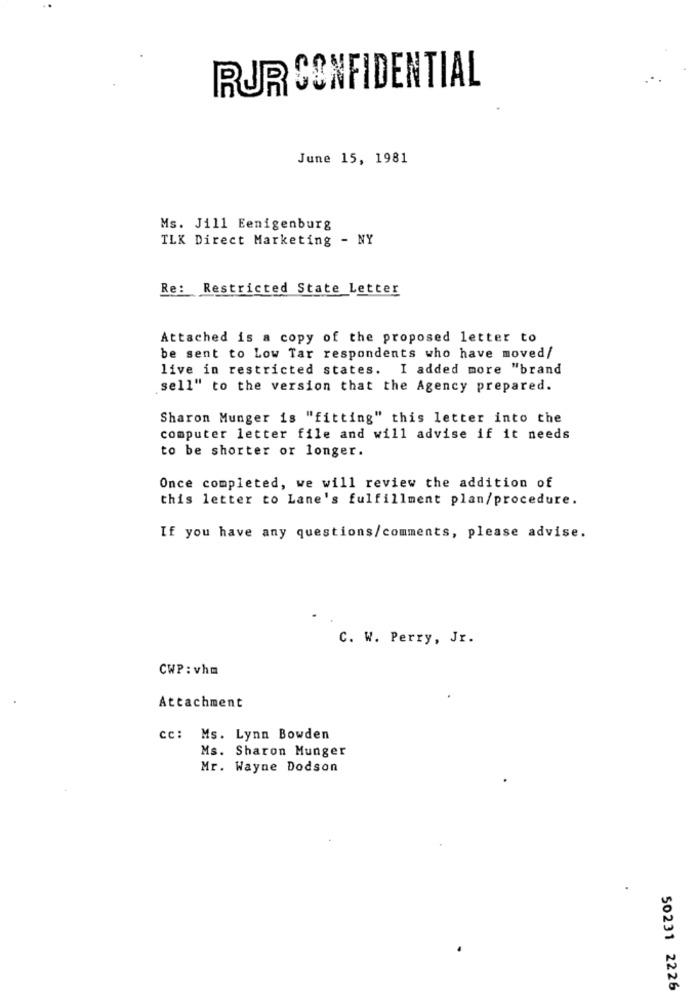
RUR CONFIDENTIAL
June 15, 1981
Ms. Jill Eenigenburg
TLK Direct Marketing - NY
Re: Restricted State Letter
Attached is a copy of the proposed letter to
be sent to Low Tar respondents who have moved/
live in restricted states. I added more "brand
sell" to the version that the Agency prepared.
Sharon Munger is "fitting" this letter into the
computer letter file and will advise if it needs
to be shorter or longer.
Once completed, we will review the addition of
this letter to Lane's fulfillment plan/procedure.
If you have any questions/comments, please advise.
C. W. Perry, Jr.
CWP: vhm
Attachment
cc: Ms. Lynn Bowden
Ms. Sharon Munger
Mr. Wayne Dodson
50231 2226